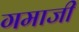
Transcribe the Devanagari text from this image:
गमाजी